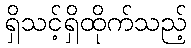
ရှိသင့်ရှိထိုက်သည့်